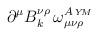
LaTeX: \begin{align*}\partial^\mu B_k^{\nu \rho}\, \omega^{A\, \scriptscriptstyle{Y\! M}}_{\mu \nu \rho}\end{align*}